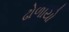
ઢોળાયો